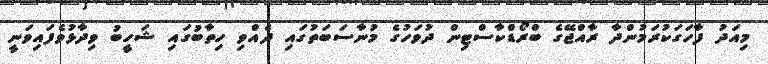
މިއަދު ފާހަގަކުރަމުންދާ ރާއްޖޭގެ ބްރޯޑްކާސްޓިން ދުވަހުގެ މުނާސަބަތުގައި ދެއްވި ހިތާބުގައި ޝަހީބު ވިދާޅުވެފައިވަނީ